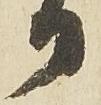
日